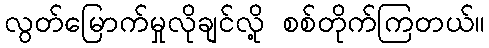
လွတ်မြောက်မှုလိုချင်လို့ စစ်တိုက်ကြတယ်။